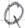
Text: Q